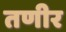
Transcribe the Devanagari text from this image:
तणीर